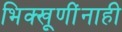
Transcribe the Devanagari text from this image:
भिक्खूणींनाही